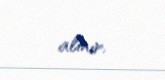
alınır.